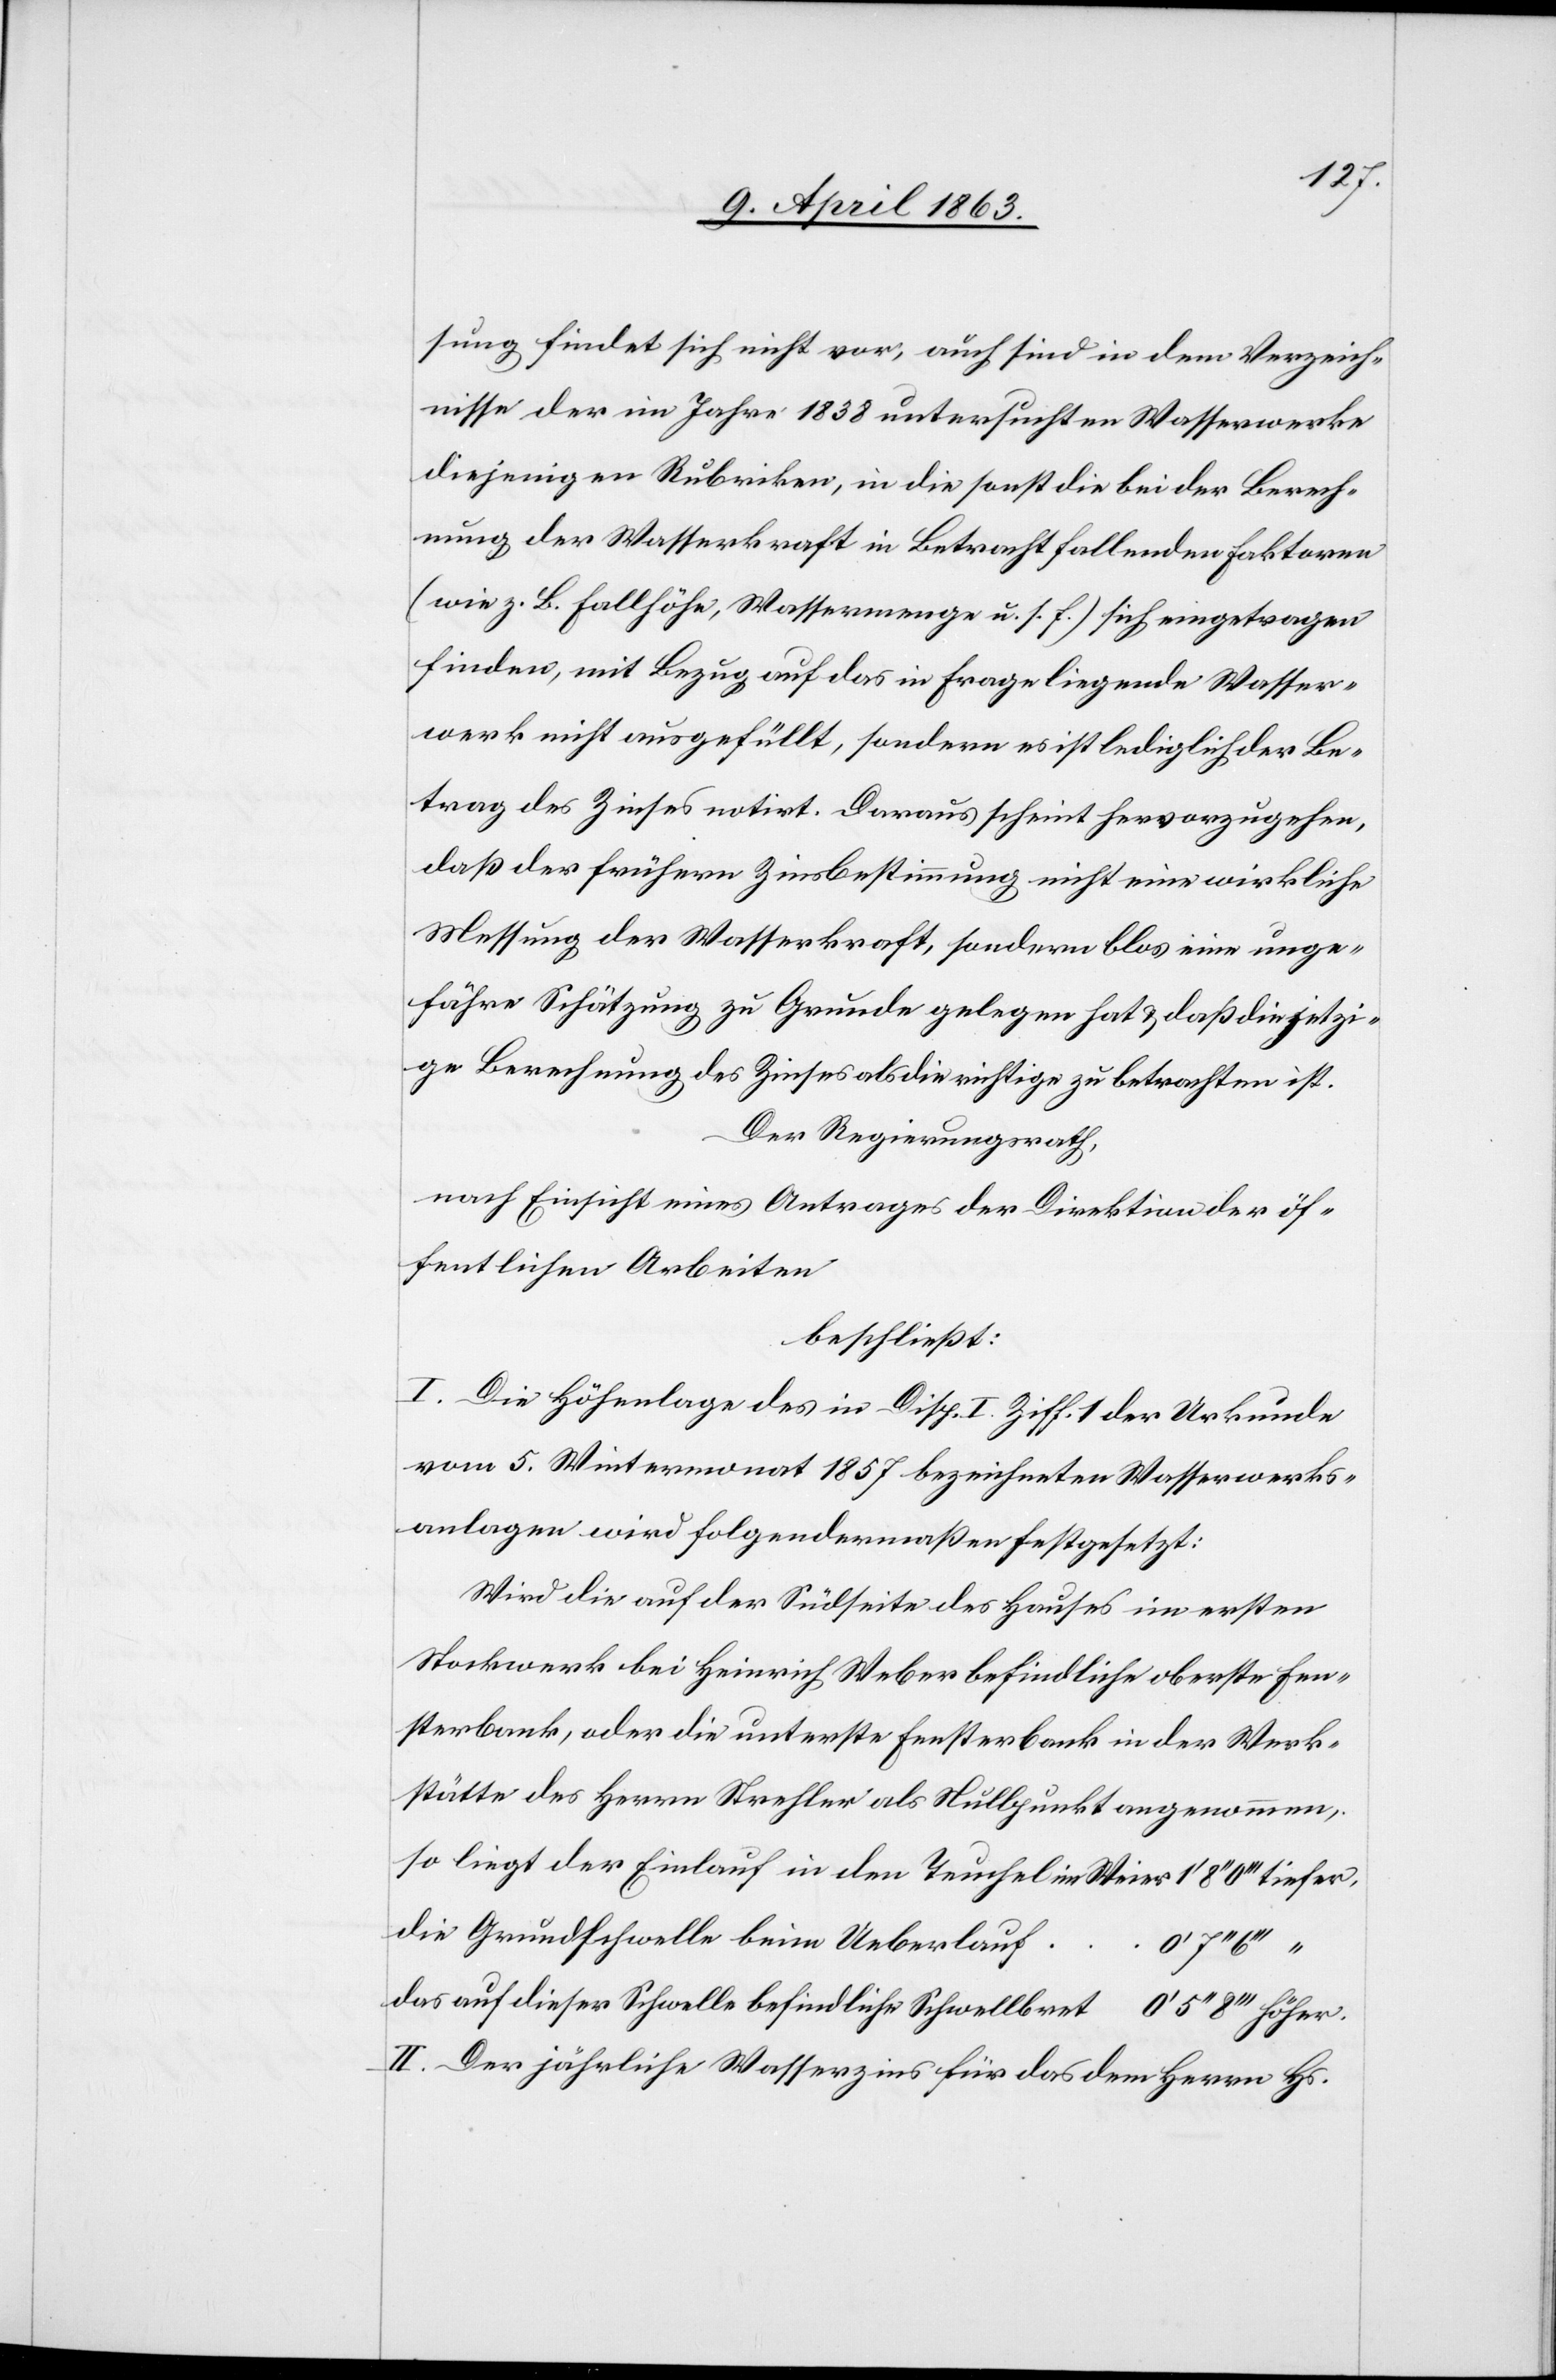
sung findet sich nicht vor, auch sind in dem Verzeich¬
nisse der im Jahre 1838 untersuchten Wasserwerke
diejenigen Rubriken, in die sonst die bei der Berech¬
nung der Wasserkraft in Betracht fallenden Faktoren
(wie z. B. Fallhöhe, Wassermenge u. s. f.) sich eingetragen
finden, mit Bezug auf das in Frage liegende Wasser¬
werk nicht ausgefüllt, sondern es ist lediglich der Be¬
trag des Zinses notirt. Daraus scheint hervorzugehen,
daß der frühern Zinsbestimmung nicht eine wirkliche
Messung der Wasserkraft, sondern blos eine unge¬
fähre Schätzung zu Grunde gelegen hat & daß die jetzi¬
ge Berechnung des Zinses als die richtige zu betrachten ist.
Der Regierungsrath,
nach Einsicht eines Antrages der Direktion der öf¬
fentlichen Arbeiten
beschließt:
I. Die Höhenlage des [sic!] in Disp. I Ziff. 1 der Urkunde
vom 5. Wintermonat 1857 bezeichneten Wasserwerks¬
anlagen wird folgendermaßen festgesetzt:
Wird die auf der Südseite des Hauses im ersten
Stockwerk bei Heinrich Weber befindliche oberste Fen¬
sterbank, oder die unterste Fensterbank in der Werk¬
stätte des Herrn Strehler als Nullpunkt angenommen,
so liegt der Einlauf in den Teuchel im Weier	1' 8''
die Grundschwelle beim Ueberlauf
tiefer,
das auf dieser Schwelle befindliche Schwellbret	0' 5'' 8''' höher.
II. Der jährliche Wasserzins für das dem Herrn Hs.